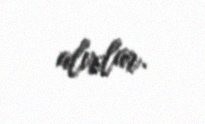
alırlar.